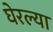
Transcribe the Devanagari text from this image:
घेरल्या